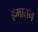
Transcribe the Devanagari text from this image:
हमातन